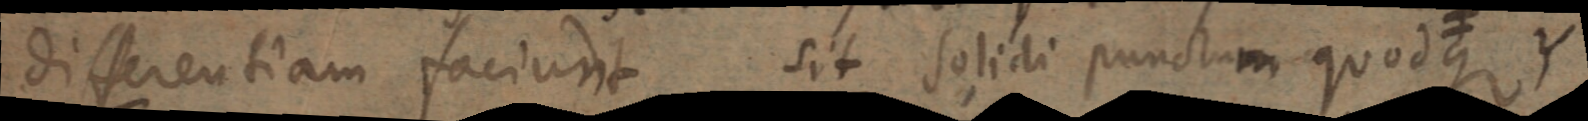
differentiam faciunt. sit solidi punctum quodque ≠ Y